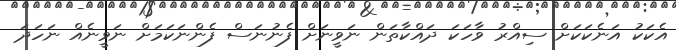
އެކަކު އަނެކަކަށް ސިއްރު ވާހަކަ ދައްކާތަން ނަވީނަށް ފެނުނަސް ފެންނަކަމަށް ނަވީނެއް ނަހަދަ